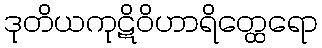
ဒုတိယကုဋိဝိဟာရိတ္ထေရော